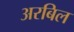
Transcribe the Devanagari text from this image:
अरबिल